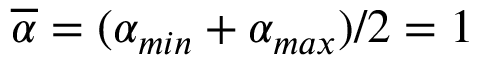
\overline { { \alpha } } = ( \alpha _ { m i n } + \alpha _ { m a x } ) / 2 = 1